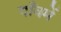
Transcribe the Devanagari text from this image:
गाँवमें